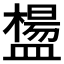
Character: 𥂸